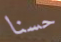
حسنا